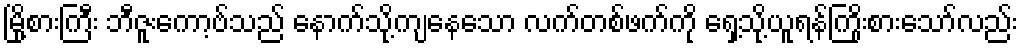
မြို့စားကြီး ဘီဇူးကော့ဗ်သည် နောက်သို့ကျနေသော လက်တစ်ဖက်ကို ရှေ့သို့ယူရန်ကြိုးစားသော်လည်း